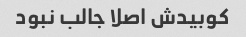
کوبیدش اصلا جالب نبود